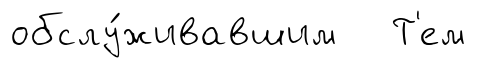
обслу́живавшим Т'ем